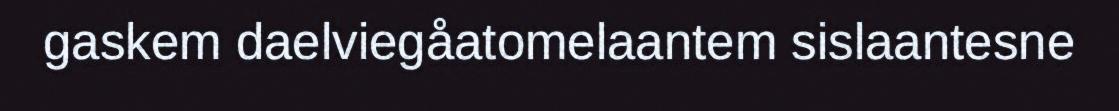
gaskem daelviegåatomelaantem sislaantesne